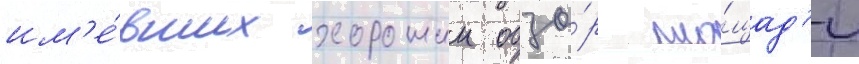
им'е́вших хорошии обзо́р пло́щад'и